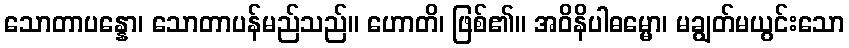
သောတာပန္နော၊ သောတာပန်မည်သည်။ ဟောတိ၊ ဖြစ်၏။ အဝိနိပါဓမ္မော၊ မချွတ်မယွင်းသော